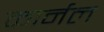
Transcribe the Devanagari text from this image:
कार्नल